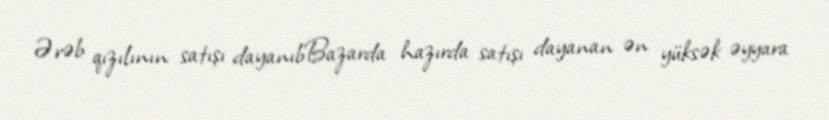
Ərəb qızılının satışı dayanıbBazarda hazırda satışı dayanan ən yüksək əyyara